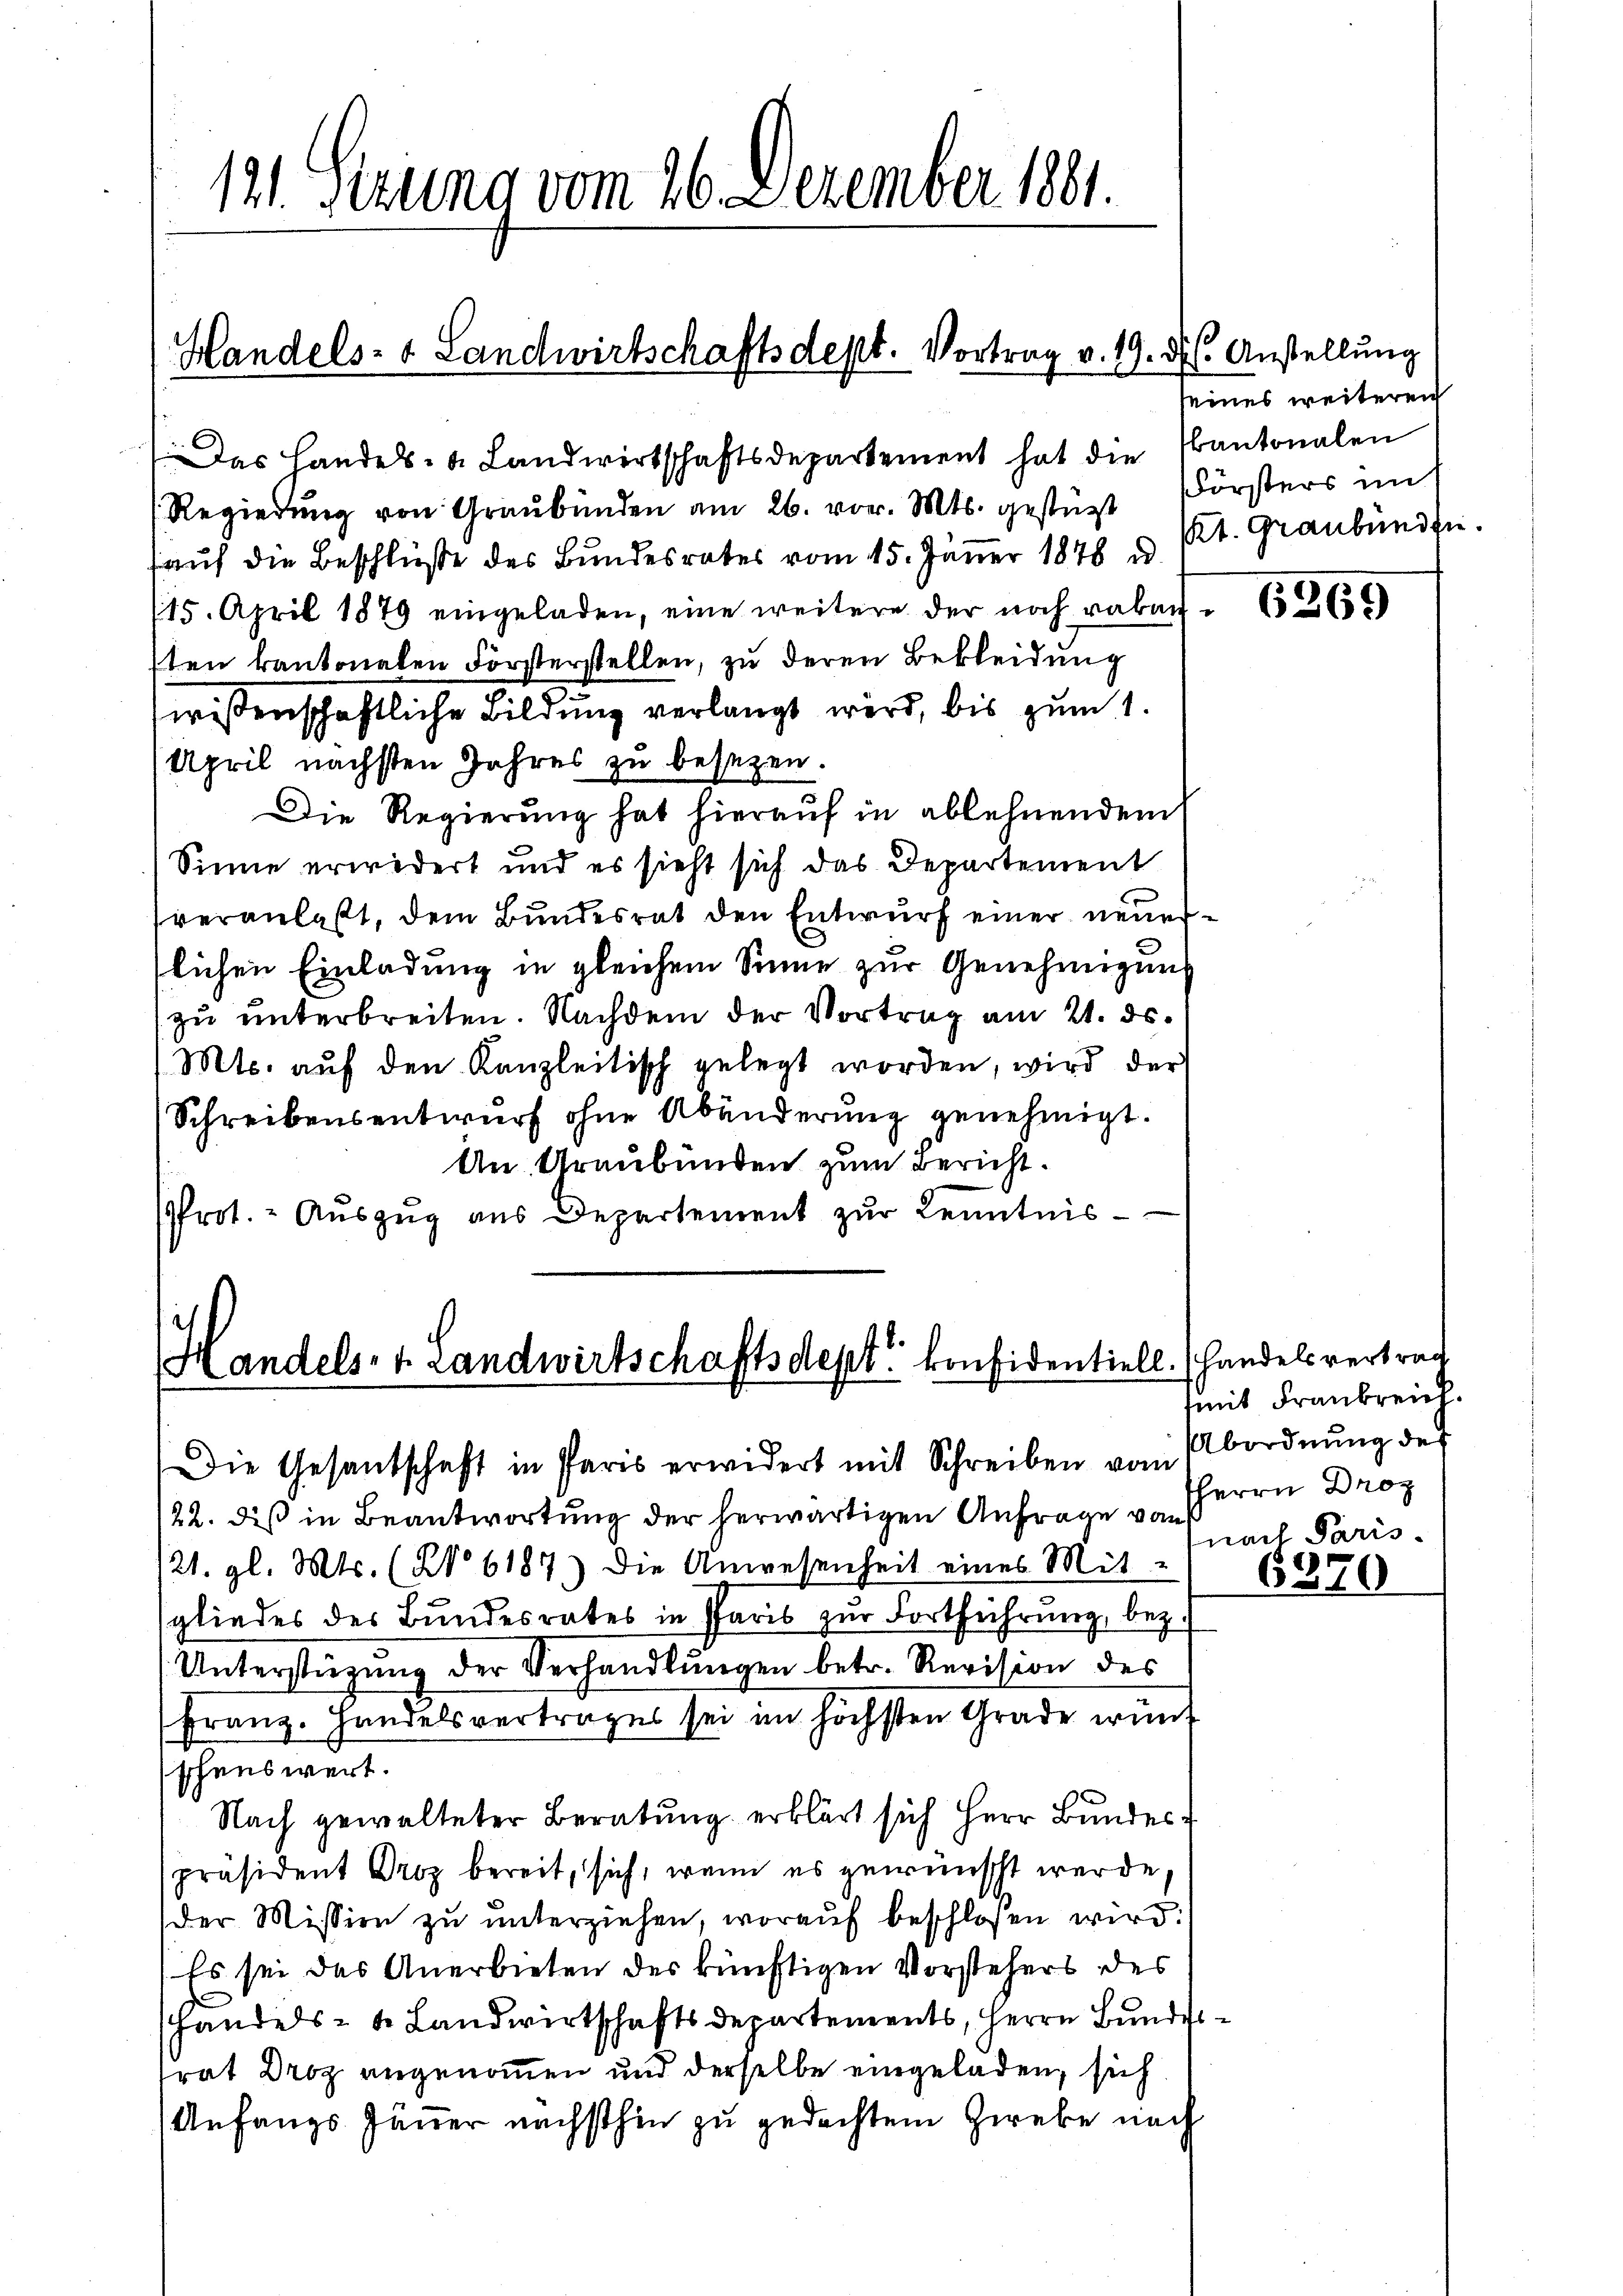
121. Sizung vom 26. Dezember 1881.

Handels- & Landwirtschaftsdept. Vortrag v. 19. d. Anstellung

Das Landels- & Landwirtschaftsdepartement hat die Kantonalen
Regierŭng von Graubünden am 26. vor. Mts. gestüzt Försters im
auf die Beschlüße des Bundesrates vom 15. Jänner 1878 d
15. April 1879 eingeladen, eine weitere der noch vakansten kantonalen Försterstellen, zu deren Bekleidung
wissenschaftliche Bildung verlangt wird, bis zum 1.
April nächsten Jahres zu besezen.
Die Regierung hat hierauf in ablehnendem
Sinne erwidert und es sieht sich das Departement
veranlaßt, dem Bundesrat den Entwurf einer neuerlichen Einladung in gleichem Sinne zur Genehmigung
zu unterbreiten. Nachdem der Vortrag am 21. ds.
(Mts. aŭf den Kanzleitisch gelegt worden, wird der
Schreibensentwurf ohne Abänderung genehmigt.
An Graubünden zum Bericht.
Prot. - Auszug aus Departement zŭr Kenntnis-

Handels. v. Landwirtschaftsdept: Einsidentiell.

Die Gesantschaft in Paris erwidert mit Schreiben vom Abordnŭng der
22. diß in Beantwortung der herwärtigen Anfrage von
121. gl. Mts. (N° 6187) Die Anwesenheit eines Mit-
sgliedes des Bundesrates in Paris zur Fortführung, bez.
Unterstützŭng der Verhandlŭngen betr. Revision des
Franz. Handelsvertrages sei im höchsten Grade wund
schenswert.
Nach gewalteter Beratung erklärt sich Herr Bundesr
spräsident Droz bereit, sich, wenn es gewünscht werde,
der Mission zu unterziehen, worauf beschlosen wird:
Es sei das Anerbieten des künftigen Vorstehers des
handels- & Landwirtschaftsdepartements, Herrn Bundestrat Droz angenommen und derselbe eingeladen, sich
Anfangs Jäner nächsthin zu gedachtem Zweke nach

seines weiteren
Kt. Graubünden.

6269

Handelsvertrag
(mit Frankreich.
HHerrn Droz
nach Paris.

6370